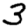
Digit: 3